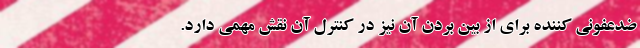
ضدعفونی کننده برای از بین بردن آن نیز در کنترل آن نقش مهمی دارد.